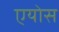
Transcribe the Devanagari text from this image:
एयोस